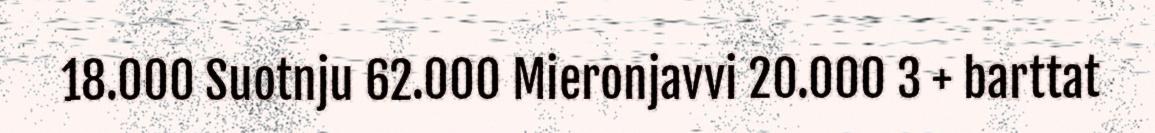
18.000 Suotnju 62.000 Mieronjavvi 20.000 3 + barttat